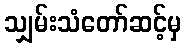
သျှမ်းသံတော်ဆင့်မှ